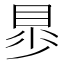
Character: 𧵁